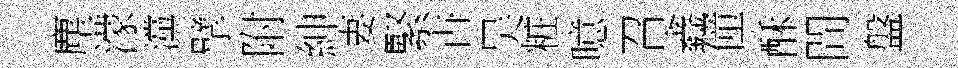
塵濛灙擘附紳妻緊卋吴粧噫召鑫僮酥間盤